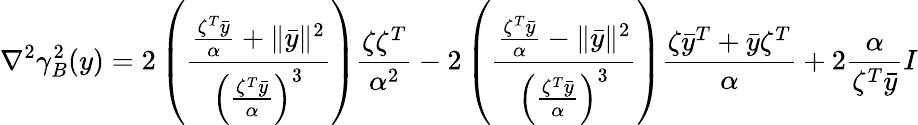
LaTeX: \nabla^{2}\gamma_{B}^{2}(y)=2\left(\frac{\frac{\zeta^{T}\bar{y}}{\alpha}+\| \bar{y}\| ^{2}}{\left(\frac{\zeta^{T}\bar{y}}{\alpha}\right)^{3}}\right)\frac{\zeta\zeta^{T}}{\alpha^{2}}-2\left(\frac{\frac{\zeta^{T}\bar{y}}{\alpha}-\| \bar{y}\| ^{2}}{\left(\frac{\zeta^{T}\bar{y}}{\alpha}\right)^{3}}\right)\frac{\zeta\bar{y}^{T}+\bar{y}\zeta^{T}}{\alpha}+2\frac{\alpha}{\zeta^{T}\bar{y}}I